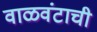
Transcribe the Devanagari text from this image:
वाळवंटाची